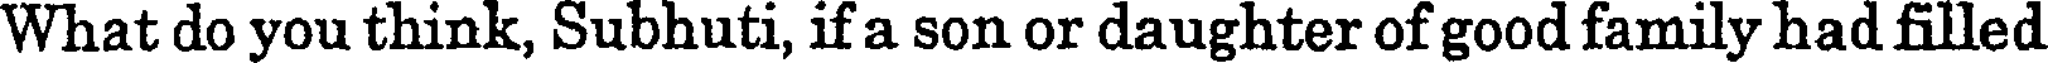
What do you think, Subhuti, if a son or daughter of good family had filled